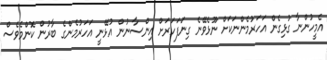
އެމީހުންނާ ގުޅިގެން އަހަރުމެންނަކަށް ނޫޅެވޭނެ ގިނަފަހަރަށް އިންސާނުން އުޅޭނީ އަހަރުމެންގެ ބާރުން ކޮންމެވެސް